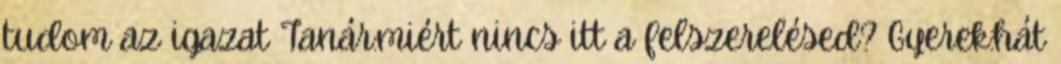
tudom az igazat Tanár:miért nincs itt a felszerelésed? Gyerek:hát